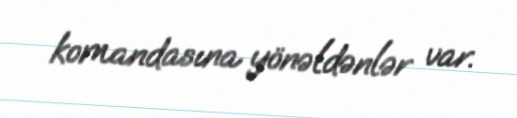
komandasına yönəldənlər var.